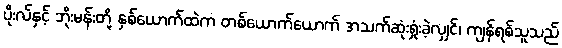
ပိုးလ်နှင့် ဘိုးမန်းတို့ နှစ်ယောက်ထဲက တစ်ယောက်ယောက် အသက်ဆုံးရှုံးခဲ့လျှင်၊ ကျန်ရစ်သူသည်